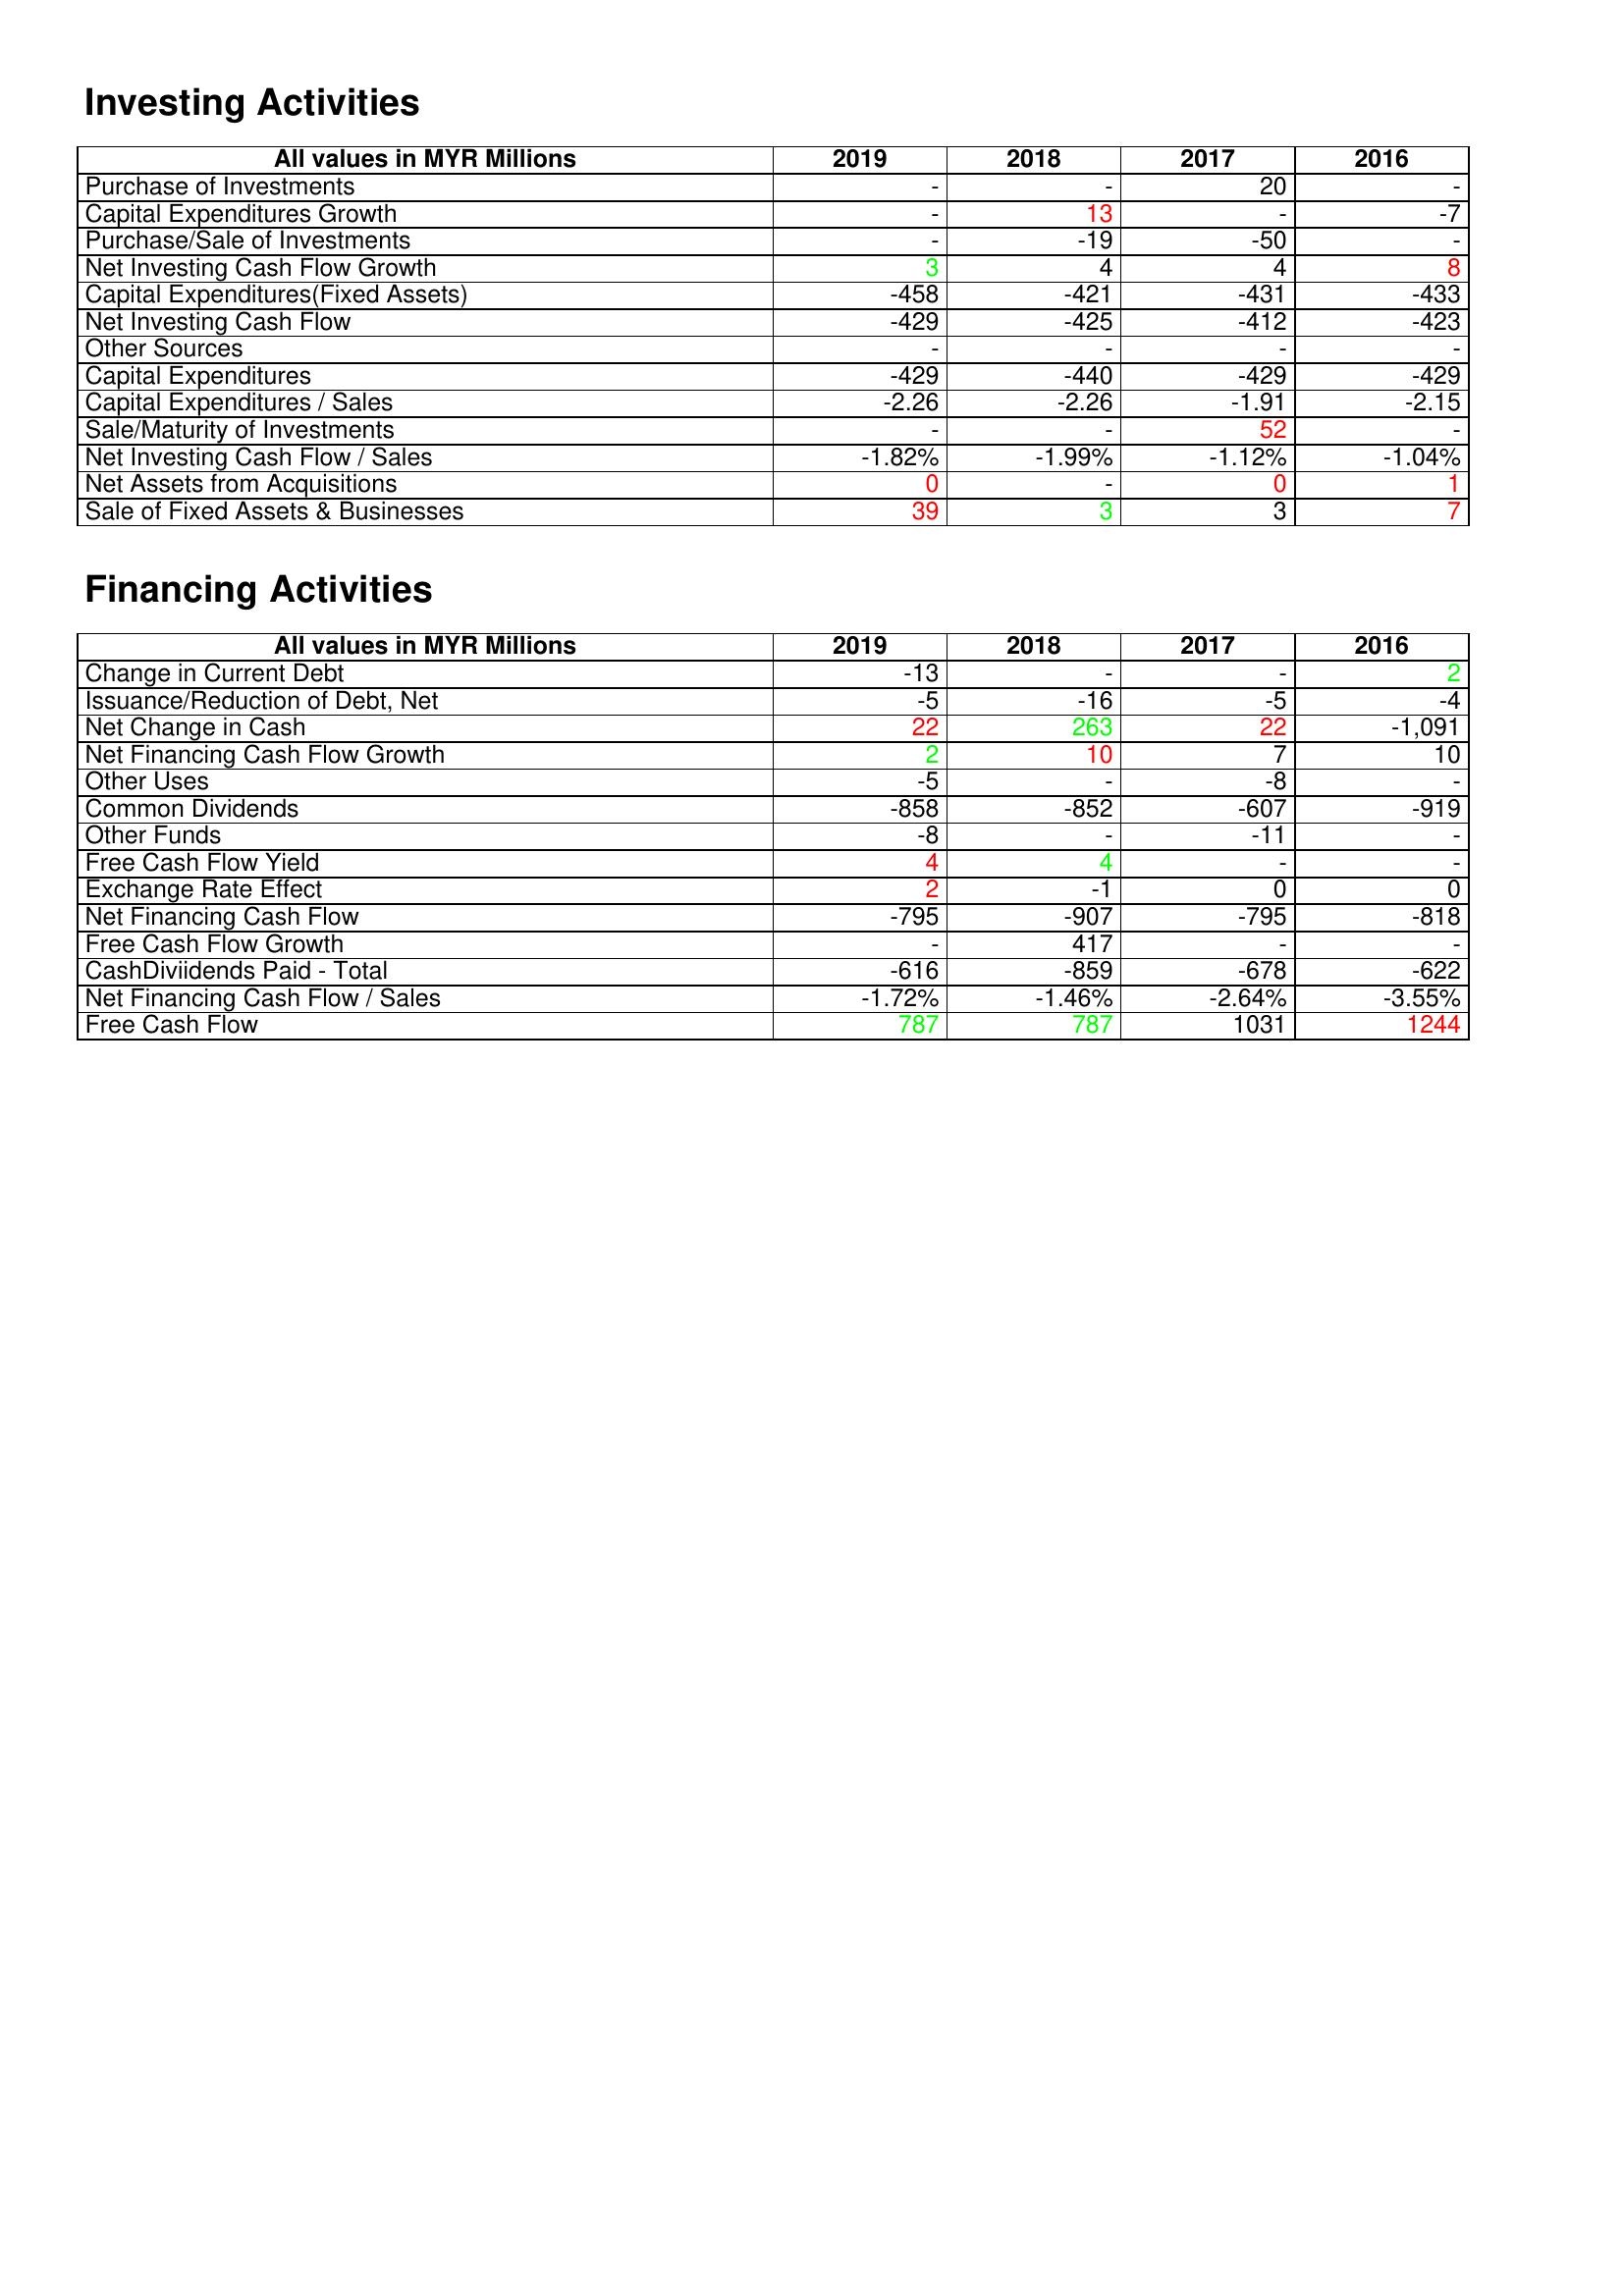
gt_parse: 2019: Investing Activities: Purchase of Investments: -
Capital Expenditures Growth: -
Purchase/Sale of Investments: -
Net Investing Cash Flow Growth: 3
Capital Expenditures(Fixed Assets): -458
Net Investing Cash Flow: -429
Other Sources: -
Capital Expenditures: -429
Capital Expenditures / Sales: -2.26
Sale/Maturity of Investments: -
Net Investing Cash Flow / Sales: -1.82%
Net Assets from Acquisitions: 0
Sale of Fixed Assets & Businesses: 39
Financing Activities: Change in Current Debt: -13
Issuance/Reduction of Debt, Net: -5
Net Change in Cash: 22
Net Financing Cash Flow Growth: 2
Other Uses: -5
Common Dividends: -858
Other Funds: -8
Free Cash Flow Yield: 4
Exchange Rate Effect: 2
Net Financing Cash Flow: -795
Free Cash Flow Growth: -
CashDiviidends Paid - Total: -616
Net Financing Cash Flow / Sales: -1.72%
Free Cash Flow: 787
2018: Investing Activities: Purchase of Investments: -
Capital Expenditures Growth: 13
Purchase/Sale of Investments: -19
Net Investing Cash Flow Growth: 4
Capital Expenditures(Fixed Assets): -421
Net Investing Cash Flow: -425
Other Sources: -
Capital Expenditures: -440
Capital Expenditures / Sales: -2.26
Sale/Maturity of Investments: -
Net Investing Cash Flow / Sales: -1.99%
Net Assets from Acquisitions: -
Sale of Fixed Assets & Businesses: 3
Financing Activities: Change in Current Debt: -
Issuance/Reduction of Debt, Net: -16
Net Change in Cash: 263
Net Financing Cash Flow Growth: 10
Other Uses: -
Common Dividends: -852
Other Funds: -
Free Cash Flow Yield: 4
Exchange Rate Effect: -1
Net Financing Cash Flow: -907
Free Cash Flow Growth: 417
CashDiviidends Paid - Total: -859
Net Financing Cash Flow / Sales: -1.46%
Free Cash Flow: 787
2017: Investing Activities: Purchase of Investments: 20
Capital Expenditures Growth: -
Purchase/Sale of Investments: -50
Net Investing Cash Flow Growth: 4
Capital Expenditures(Fixed Assets): -431
Net Investing Cash Flow: -412
Other Sources: -
Capital Expenditures: -429
Capital Expenditures / Sales: -1.91
Sale/Maturity of Investments: 52
Net Investing Cash Flow / Sales: -1.12%
Net Assets from Acquisitions: 0
Sale of Fixed Assets & Businesses: 3
Financing Activities: Change in Current Debt: -
Issuance/Reduction of Debt, Net: -5
Net Change in Cash: 22
Net Financing Cash Flow Growth: 7
Other Uses: -8
Common Dividends: -607
Other Funds: -11
Free Cash Flow Yield: -
Exchange Rate Effect: 0
Net Financing Cash Flow: -795
Free Cash Flow Growth: -
CashDiviidends Paid - Total: -678
Net Financing Cash Flow / Sales: -2.64%
Free Cash Flow: 1031
2016: Investing Activities: Purchase of Investments: -
Capital Expenditures Growth: -7
Purchase/Sale of Investments: -
Net Investing Cash Flow Growth: 8
Capital Expenditures(Fixed Assets): -433
Net Investing Cash Flow: -423
Other Sources: -
Capital Expenditures: -429
Capital Expenditures / Sales: -2.15
Sale/Maturity of Investments: -
Net Investing Cash Flow / Sales: -1.04%
Net Assets from Acquisitions: 1
Sale of Fixed Assets & Businesses: 7
Financing Activities: Change in Current Debt: 2
Issuance/Reduction of Debt, Net: -4
Net Change in Cash: -1,091
Net Financing Cash Flow Growth: 10
Other Uses: -
Common Dividends: -919
Other Funds: -
Free Cash Flow Yield: -
Exchange Rate Effect: 0
Net Financing Cash Flow: -818
Free Cash Flow Growth: -
CashDiviidends Paid - Total: -622
Net Financing Cash Flow / Sales: -3.55%
Free Cash Flow: 1244